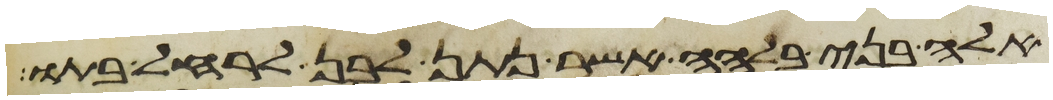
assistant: אלה בני בלהה אשר נתן לבן לרחל בתו